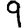
Digit: 9